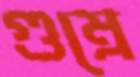
গুম্‌রে